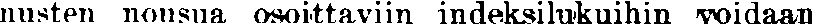
nusten nousua osoittaviin indeksilukuihin voidaan